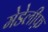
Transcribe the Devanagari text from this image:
मेडेलीफ़